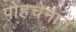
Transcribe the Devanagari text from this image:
पोहचेनात